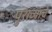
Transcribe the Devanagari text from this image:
पुराव्यांचे